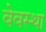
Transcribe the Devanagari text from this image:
वेवस्था